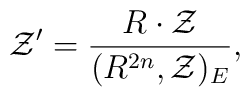
{\cal Z}'=\frac{R\cdot {\cal Z}}{(R^{2n},{\cal Z})_{E}},